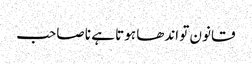
قانون تو اندھا ہوتا ہے نا صاحب